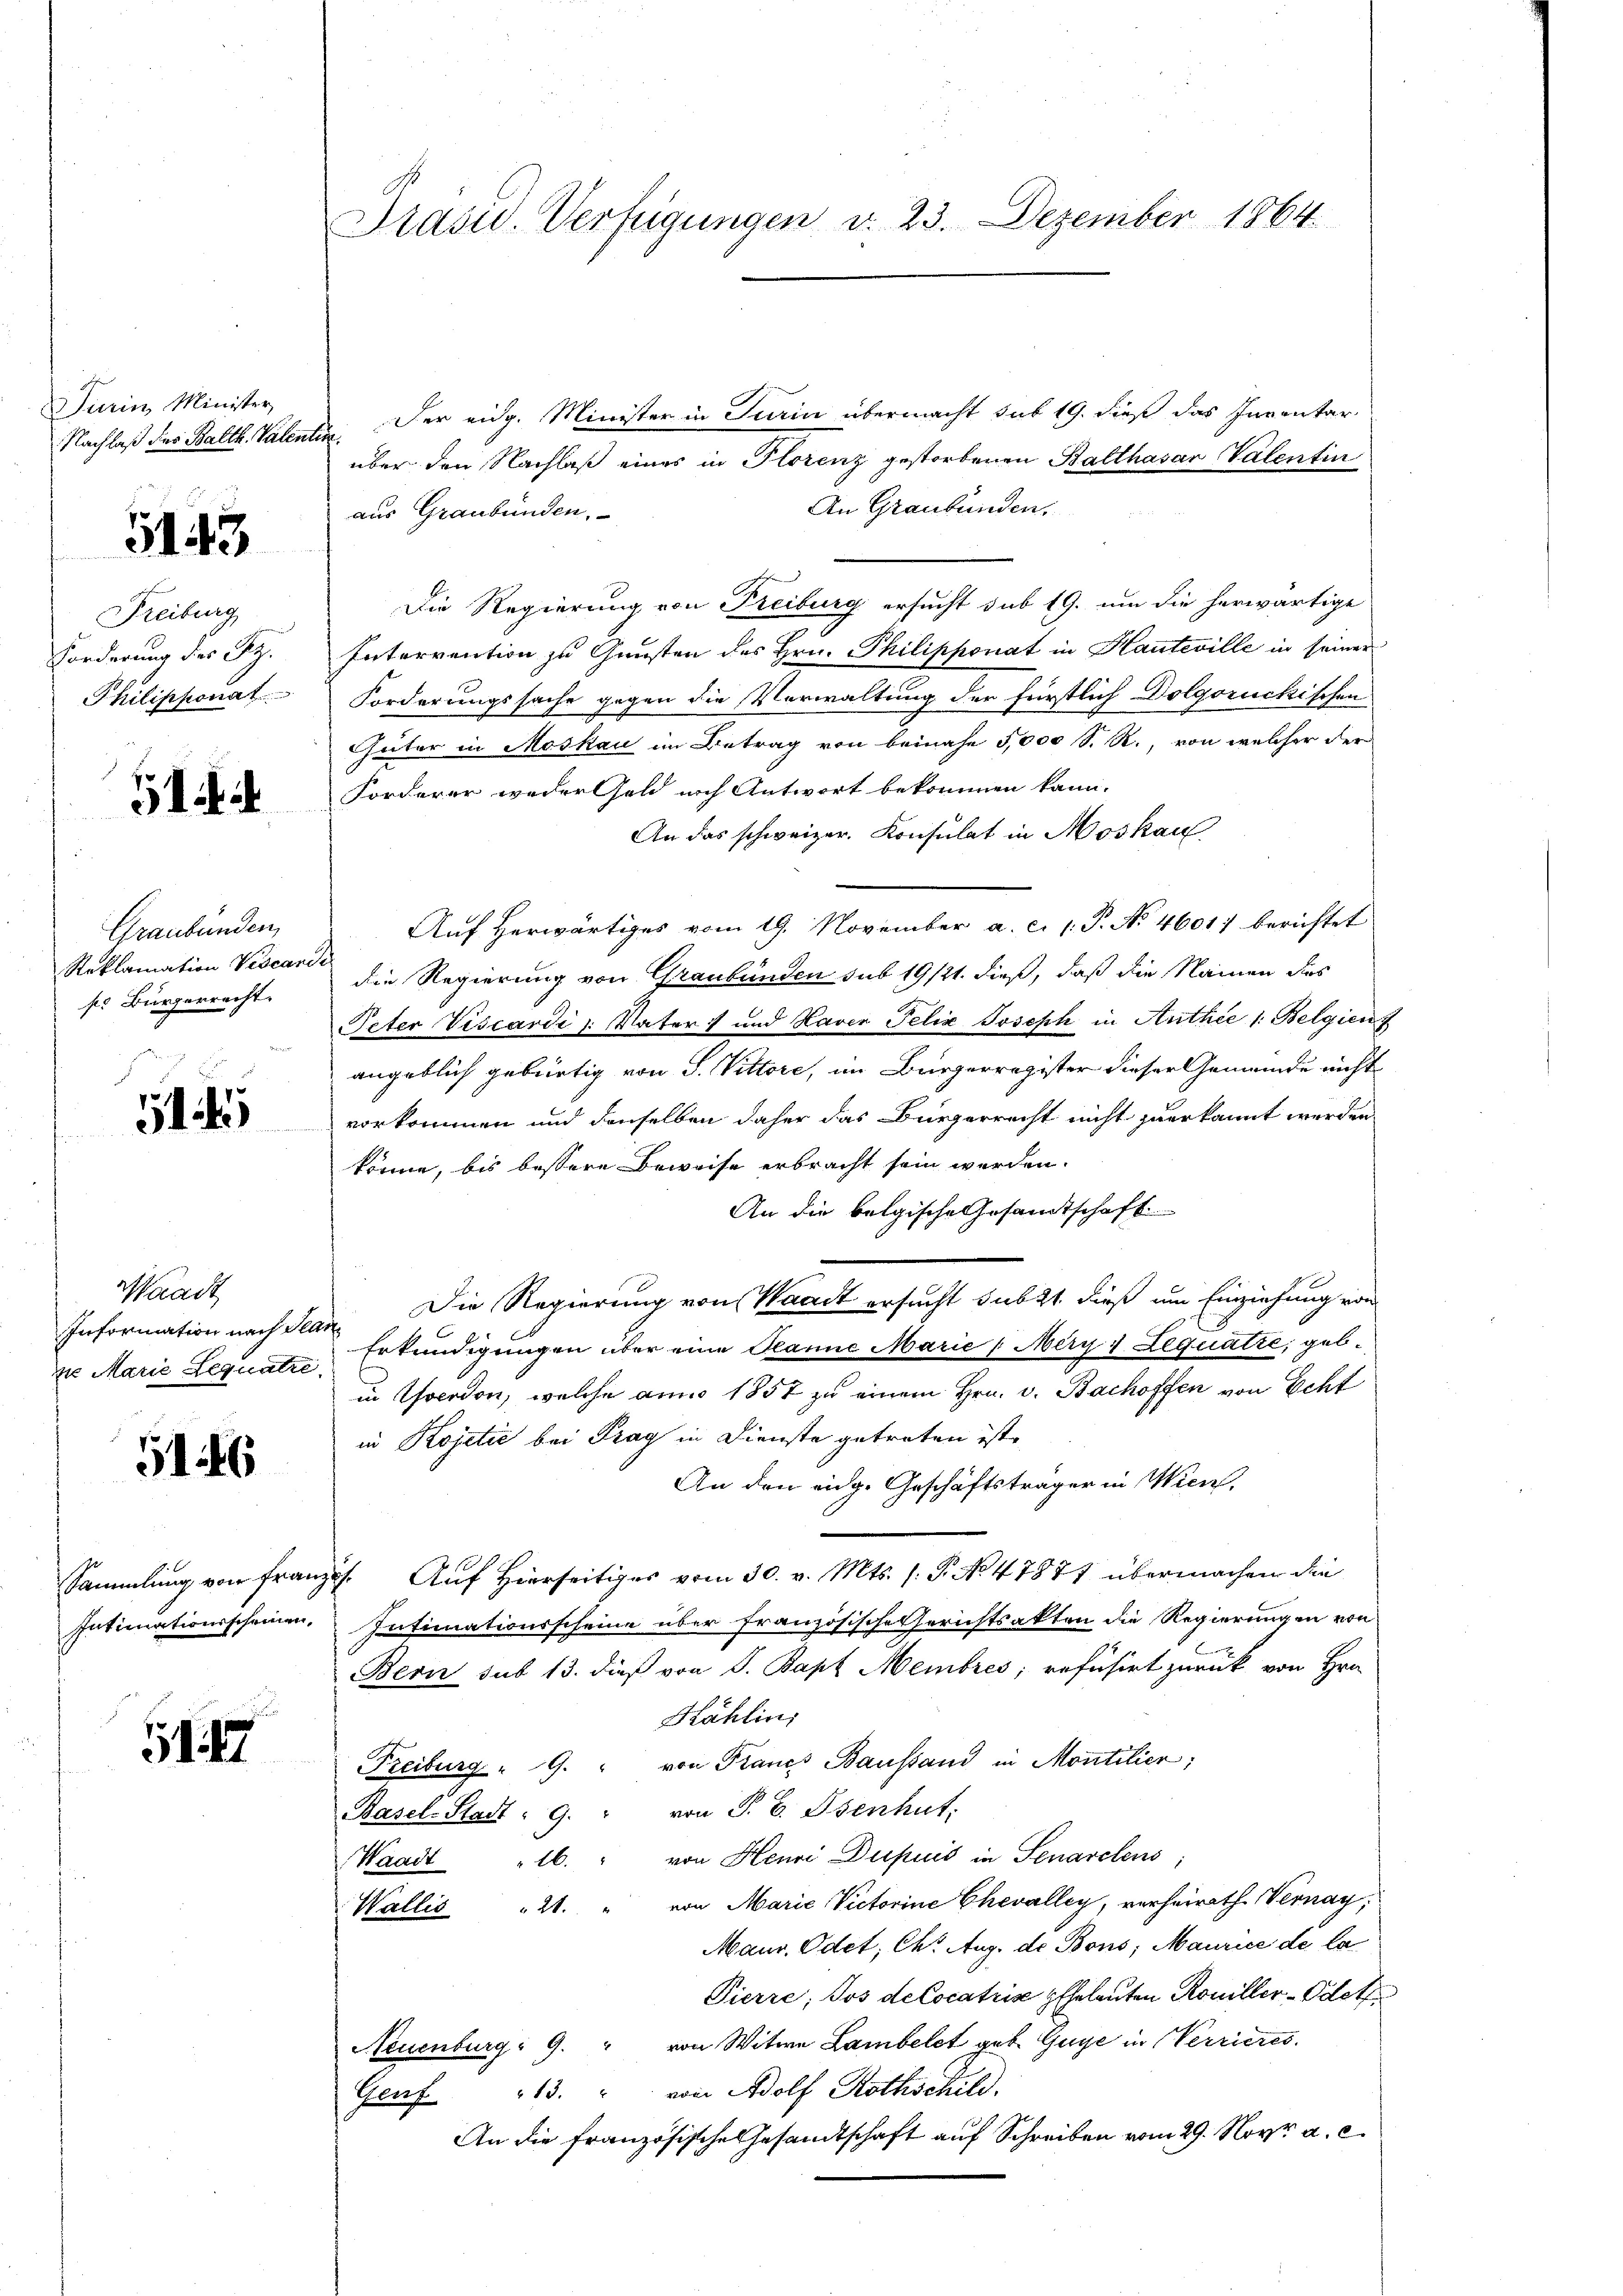
Turin Minister
Nachlaß des Balth. Valent

5143

Freiburg
Forderung der Az.
Philipponat

Graubünden,
Reklamation Viscani
pr Bürgerrecht.

51

Waadt
Information nach Tei
ze Marie Bequatre

5146

Sammlung von Frau
Intimationsscheinen,

147

Präsid.. Verfügungen d. 23. Dezember 1864

Der eidg. Minister in Turin übermacht sub 19. dieß das Inventar
t
über den Nachlaß eines in Florenz gestorbenen Balthasar Valentin
An Graubünden,
aus Graubünden,
Die Regierung von Freiburg ersucht sub 19. um die herwärtige
Intervention zu Gunsten des Hrn. Philipponat in Hauteville in seiner
Forderungssache gegen die Vorwaltung der fürstlich Dolgorückischen
Güter in Moskau im Betrag von beinahe 5,000 S. R. von welcher der
Forderer weder Geld nach Antwort bekommen kann.
An das schweizer. Konsulat in Moskau
Auf herwärtiges vom 19. November a. c. l. P. No 46017 berichtet
die Regierung von Graubünden sub 19/21. dieß, daß die Namen des
Peter Viscardi 1: Vater und Haver Felix Joseph in Authie 1: Belgien
angeblich gebürtig von S. Vittore, im Bürgerregister dieser Gemeinde nicht
vorkommen und denselben daher das Bürgerrecht nicht zuerkannt werden.
könne, bis bessere Beweise erbracht sein werden.
An die belgische Gesandtschaft
Die Regierung von Waadt ersucht subst dieß um Einziehung von
¬
Erkundigungen über eine Planne Marie (Mery) Lequatre geb.
in verdon, welche ann 1857 zu einem Hrn. v. Bachoffen von Echt
in Kojetić bei Frag in Dienste getreten ist,
An den eidg. Geschäftsträger in Wien,
i. Auf Hierseitiges vom 30. v. Mts. 1. P. No 47877 übermachen die
Intimationsscheine über französische Gerichtsakten die Regierungen von
Bern sub 13. dieß von J. Bapt Membres; refüsirt zurück von Hrn.
Kählin
Freiburg " G. " von Francs Baustand in Montilier;
Basel-Stadt: 9. " von T. b. Isenhut.
Waadt 16. " von Henri Dupuis in Senarchens
Wallis " 21. " von Marie Victorine Chevalley, verheirath Vernay,
Maur. Odet; Chr. Aug. de Bons; Maurice de la
Pierre, Jos de locatria Eheleuten Rouiller-Odeth
Neuenburg: 9. " von Witwe Lambelet geb. Guye in Verrieres
Genf 13. " vom Adolf Rothschild
An die französische Gesandtschaft auf Schreiben vom 29. Nov. a. c.